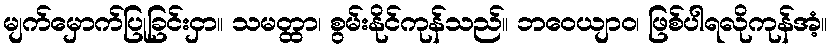
မျက်မှောက်ပြုခြင်းငှာ။ သမတ္ထာ၊ စွမ်းနိုင်ကုန်သည်။ ဘဝေယျာဝ၊ ဖြစ်ပါရလိုကုန်အံ့။